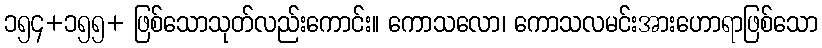
၁၅၄+၁၅၅+ ဖြစ်သောသုတ်လည်းကောင်း။ ကောသလော၊ ကောသလမင်းအားဟောရာဖြစ်သော